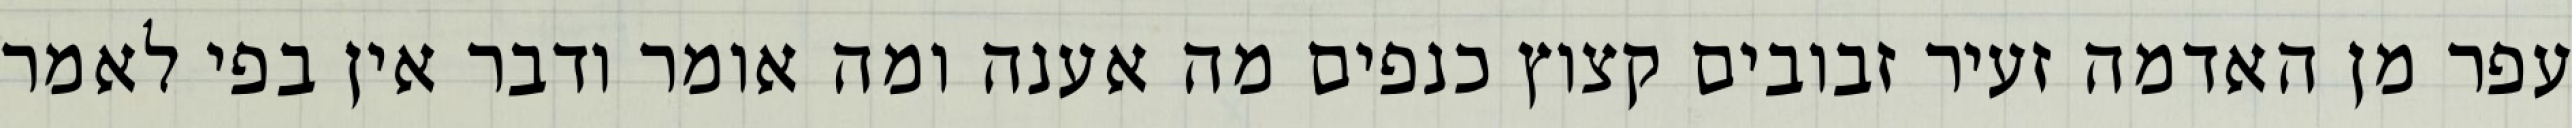
עפר מן האדמה זעיר זבובים קצוץ כנפים מה אענה ומה אומר ודבר אין בפי לאמר